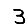
Digit: 3